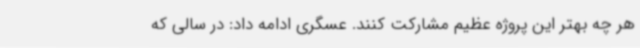
هر چه بهتر این پروژه عظیم مشارکت کنند. عسگری ادامه داد: در سالی که